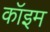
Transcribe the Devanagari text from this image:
कॉइम